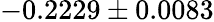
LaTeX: -0.2229\pm 0.0083